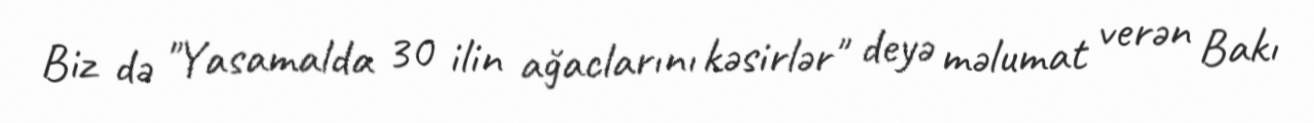
Biz də "Yasamalda 30 ilin ağaclarını kəsirlər" deyə məlumat verən Bakı